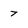
Character: 7